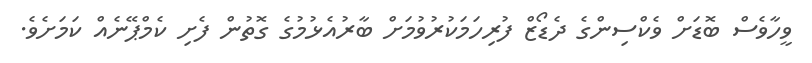
ވީހާވެސް ބޮޑަށް ވެކްސިންގެ ދެޑޯޒް ފުރިހަމަކުރުވުމަށް ބާރުއެޅުމުގެ ގޮތުން ފެށި ކެމްޕޭނެއް ކަމަށެވެ.